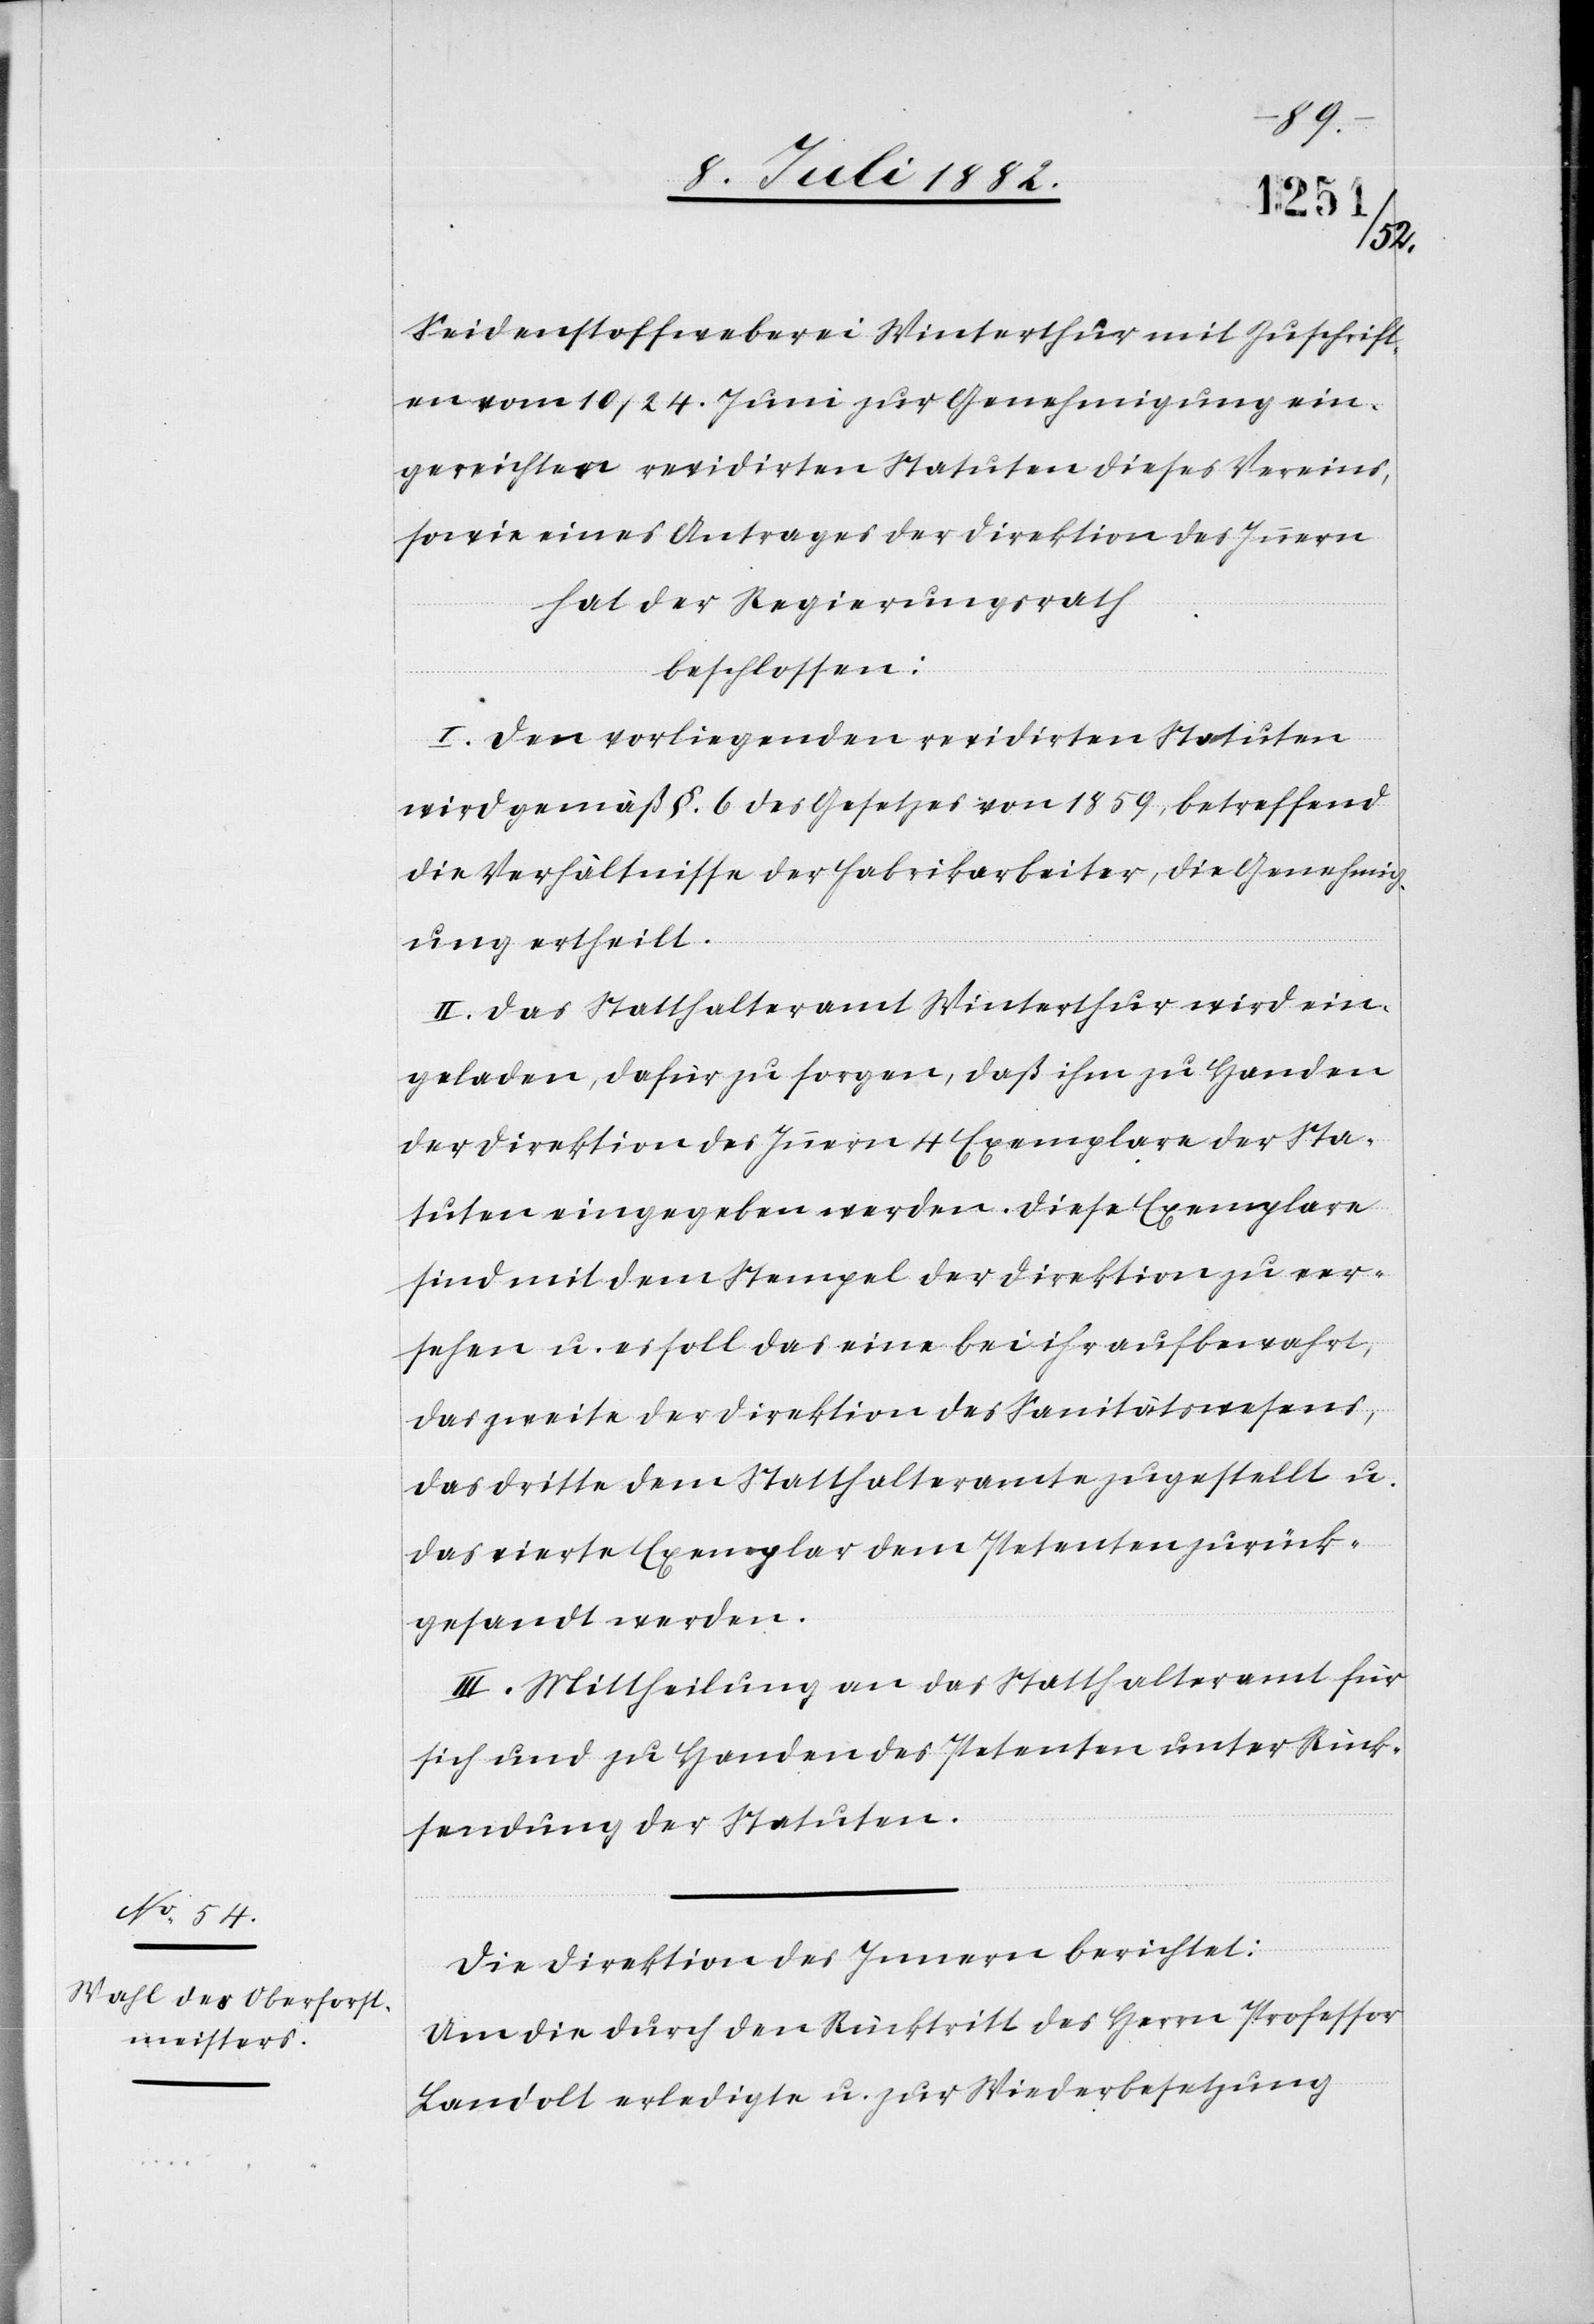
Seidenstoffweberei Winterthur mit Zuschrift
vom 10/24. Juni zur Genehmigung ein¬
gereichten revidirten Statuten dieses Vereins,
sowie eines Antrages der Direktion des Innern,
hat der Regierungsrath
beschlossen:
I. Den vorliegenden revidirten Statuten
wird gemäß §. 6 des Gesetzes von 1859, betreffend
die Verhältnisse der Fabrikarbeiter, die Genehmig¬
ung ertheilt.
II. Das Statthalteramt Winterthur wird ein¬
geladen, dafür zu sorgen, daß ihm zu Handen
der Direktion des Innern 4 Exemplare der Sta¬
tuten eingegeben werden. Diese Exemplare
sind mit dem Stempel der Direktion zu ver¬
sehen u. es soll das eine bei ihr aufbewahrt,
das zweite der Direktion des Sanitätswesens,
das dritte dem Statthalteramte zugestellt u.
das vierte Exemplar dem Petenten zurück¬
gesandt werden.
III. Mittheilung an das Statthalteramt für
sich und zu Handen des Petenten unter Rück¬
sendung der Statuten.
Die Direktion des Innern berichtet:
Um die durch den Rücktritt des Herrn Professor
Landolt erledigte u. zur Wiederbesetzung